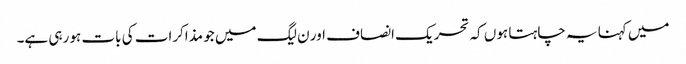
میں کہنا یہ چاہتا ہوں کہ تحریک انصاف اور ن لیگ میں جو مذاکرات کی بات ہو رہی ہے۔